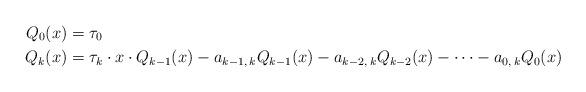
LaTeX: \begin{align*}Q_0(x) &= \tau_0 \\Q_k(x) &= \tau_k \cdot x \cdot Q_{k-1}(x) - a_{k-1,\:k}Q_{k-1}(x) - a_{k-2,\:k}Q_{k-2}(x) - \cdots - a_{0,\:k}Q_{0}(x) \end{align*}